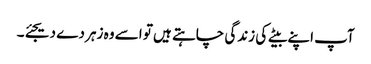
آپ اپنے بیٹے کی زندگی چاہتے ہیں تو اسے وہ زہر دے دیجئے۔